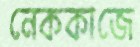
নেককাজে